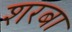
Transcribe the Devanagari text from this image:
शरबा